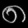
Digit: ၈